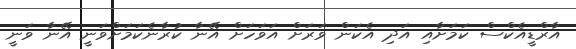
އާރްޑީއެކްސް ކަމަށާއި އަދި އެކަން ވަރަށް އަވަހަށް އޭނާ ކުރާނެކަމަށްވަނީ އޭނާ ވަނީ